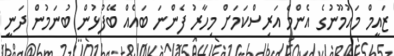
ޒައީމް މައުމޫނުގެ އެންމެ އަރިސްކަމަށް މިހާރު ފެންނަ ބައެއް ބޭފުޅުން ބުނަމުން ދަނީ